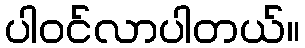
ပါဝင်လာပါတယ်။